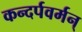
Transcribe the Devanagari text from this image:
कन्दर्पवर्मन्